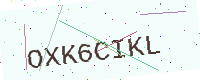
Text: OXK6CIKL